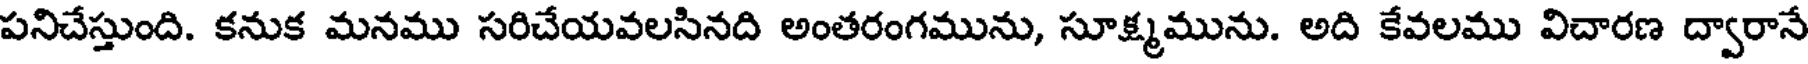
పనిచేస్తుంది. కనుక మనము సరిచేయవలసినది అంతరంగమును, సూక్ష్మమును. అది కేవలము విచారణ ద్వారానే